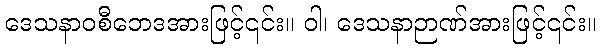
ဒေသနာဝစီဘေဒအားဖြင့်၎င်း။ ဝါ၊ ဒေသနာဉာဏ်အားဖြင့်၎င်း။